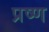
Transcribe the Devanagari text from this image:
प्रष्ण